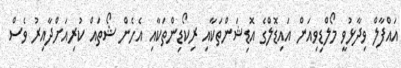
އައްފާލް ވިދާޅުވީ މޯލްޑިވިއަން އައިޑޮލްގެ އޮޑިޝަންތަކާއި ރިކޯޑިންތަކާއި އެހެން ޝޯތައް ކުރިއަށްދާއިރު ވެސް